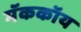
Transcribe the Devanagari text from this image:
मॅककॉय